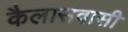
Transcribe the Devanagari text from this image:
कैलासवासी